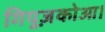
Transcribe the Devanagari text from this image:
गिपुज़कोआ।